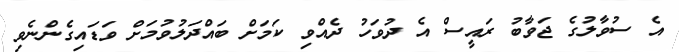
އެ ސުވާލުގެ ޖަވާބު ރައީސް އެ ދުވަހު ދެއްވި ކަމަށް ބައްދަލުވުމަށް ވަޑައިގެންނެވި